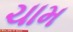
ચામ